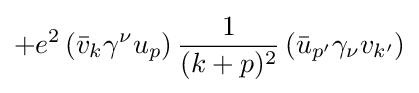
+e^{2}\left({\bar {v}}_{k}\gamma ^{\nu }u_{p}\right){\frac {1}{(k+p)^{2}}}\left({\bar {u}}_{p'}\gamma _{\nu }v_{k'}\right)